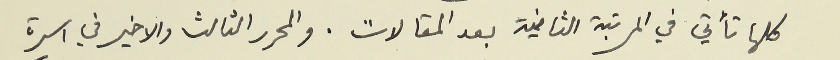
كلها تأتي في المرتبة الثانية بعد المقالات. والمحرر الثالث والاخير في اسرة